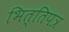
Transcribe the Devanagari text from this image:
भित्तिपत्र